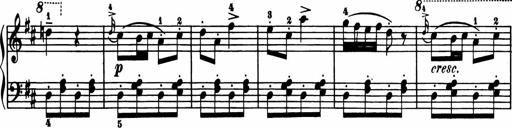
Title: 11 Sonatinas for Piano Solo
Composer: Anton Diabelli